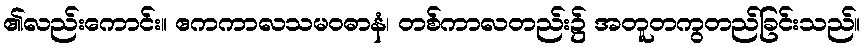
၏လည်းကောင်း။ ဧကကာလသမဝဓာနံ၊ တစ်ကာလတည်း၌ အတူတကွတည်ခြင်းသည်။